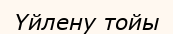
Үйлену тойы